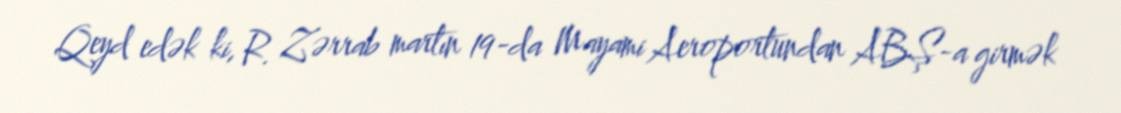
Qeyd edək ki, R. Zərrab martın 19-da Mayami Aeroportundan ABŞ-a girmək